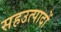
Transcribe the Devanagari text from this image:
सहउत्पादों